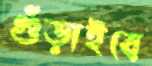
গুঁড়াইবে